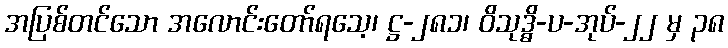
အပြစ်တင်သော အလောင်းတော်ရသေ့၊ ဋ္ဌ-၂၈၁၊ ဝိသုဒ္ဓိ-ပ-အုပ်-၂၂ မှ ၃၈